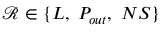
\mathcal { R } \in \{ L , ~ P _ { o u t } , ~ N S \}